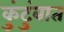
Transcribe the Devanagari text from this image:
कुंटुंबात